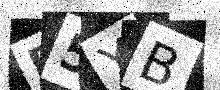
Text: B5YB